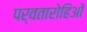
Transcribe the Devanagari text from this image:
पर्वतारोहिओं